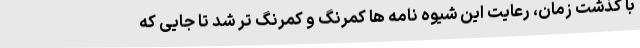
با گذشت زمان، رعایت این شیوه نامه ها کمرنگ و کمرنگ تر شد تا جایی که